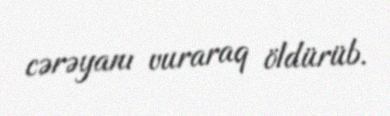
cərəyanı vuraraq öldürüb.